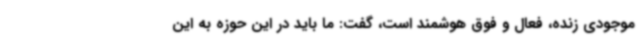
موجودی زنده، فعال و فوق هوشمند است، گفت: ما باید در این حوزه به این